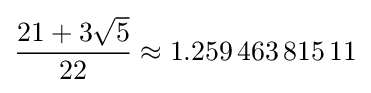
{\frac {21+3{\sqrt {5}}}{22}}\approx 1.259\,463\,815\,11